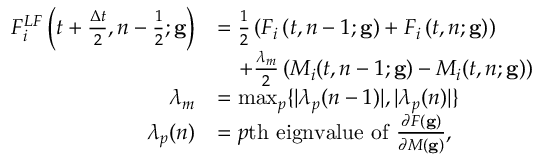
\begin{array} { r l } { F _ { i } ^ { L F } \left( t + \frac { \Delta t } { 2 } , n - \frac { 1 } { 2 } ; \mathbf { g } \right) } & { = \frac { 1 } { 2 } \left( F _ { i } \left( t , n - 1 ; \mathbf { g } \right) + F _ { i } \left( t , n ; \mathbf { g } \right) \right) } \\ & { \quad + \frac { \lambda _ { m } } { 2 } \left( M _ { i } ( t , n - 1 ; \mathbf { g } ) - M _ { i } ( t , n ; \mathbf { g } ) \right) } \\ { \lambda _ { m } } & { = \operatorname* { m a x } _ { p } \{ | \lambda _ { p } ( n - 1 ) | , | \lambda _ { p } ( n ) | \} } \\ { \lambda _ { p } ( n ) } & { = p \mathrm { t h ~ e i g n v a l u e ~ o f ~ } \frac { \partial F ( \mathbf { g } ) } { \partial M ( \mathbf { g } ) } , } \end{array}